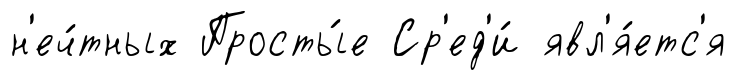
н'еч́тных Просты́е Ср'ед'и́ явл'я́етс'я